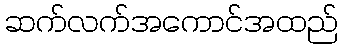
ဆက်လက်အကောင်အထည်